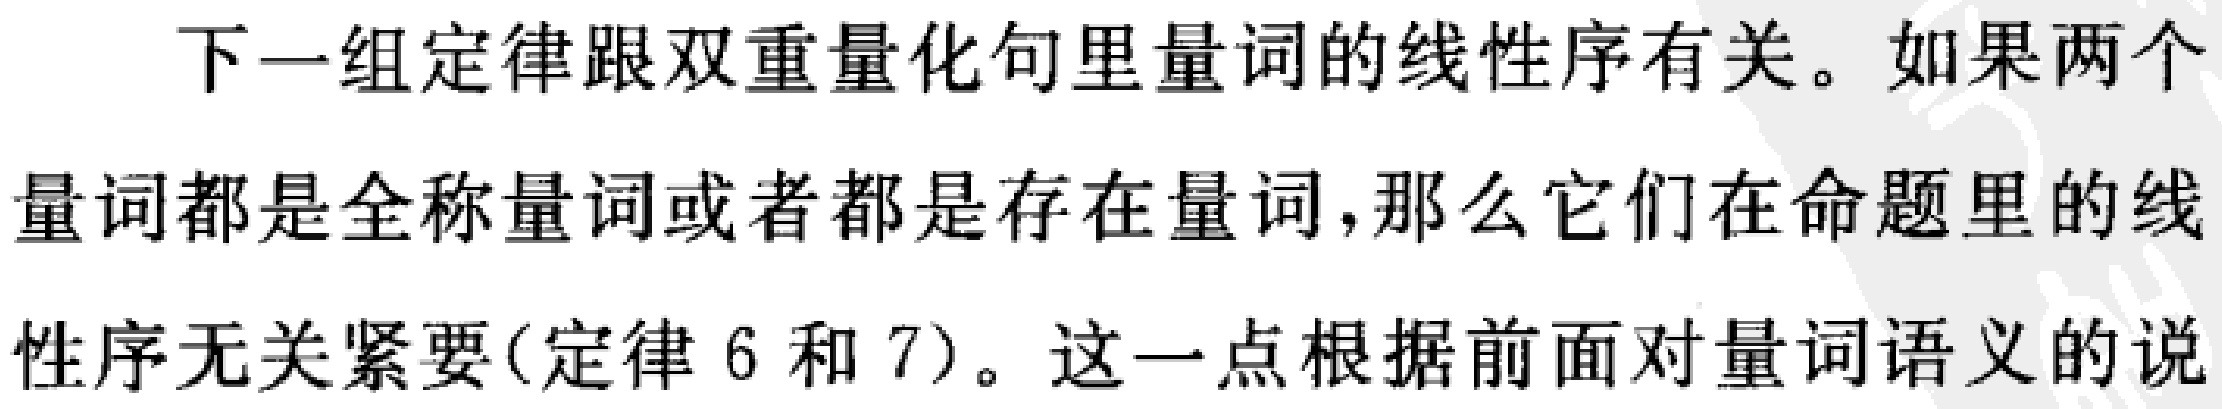
下一组定律跟双重量化句里量词的线性序有关。如果两个量词都是全称量词或者都是存在量词,那么它们在命题里的线性序无关紧要(定律 6 和 7)。这一点根据前面对量词语义的说